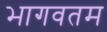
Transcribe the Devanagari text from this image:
भागवतम